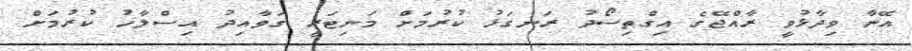
އޭނާ ވިދާޅުވީ ރާއްޖޭގެ އިގްތިސޯދު ރަނގަޅު ކުރުމަށް މަނިޓަރީ ގަވާއިދު އިސްލާހު ކުރުމަށް